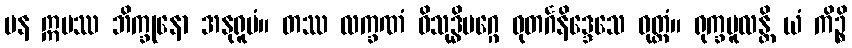
ပန ဣမဿ ဘိက္ခုနော အနုရူပံ။ တဿ လက္ခဏံ ဝိသုဒ္ဓိမဂ္ဂေ ဓုတင်္ဂနိဒ္ဒေသေ ဝုတ္တံ။ ရုက္ခမူလန္တိ ယံ ကိဉ္စိ